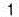
1